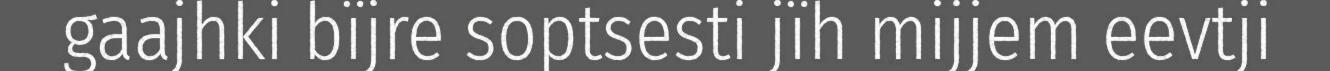
gaajhki bïjre soptsesti jïh mijjem eevtji